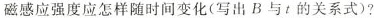
磁感应强度应怎样随时间变化(写出B与t的关系式)?